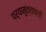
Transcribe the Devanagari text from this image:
पर्यामुक्तावली